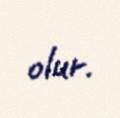
olur.